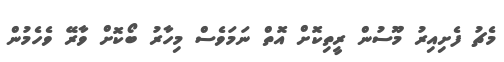
މެޗު ފެށިއިރު މޫސުން ރީތިކޮށް އޮތް ނަމަވެސް މިހާރު ބޯކޮށް ވާރޭ ވެހެމުން